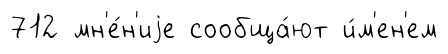
712 мн'е́н'иjе сообща́ют и́м'ен'ем